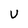
Character: U